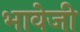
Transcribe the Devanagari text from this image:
भावेजी